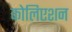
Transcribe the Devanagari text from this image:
कोलिएशन